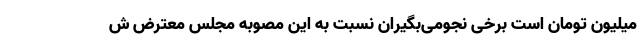
میلیون تومان است برخی نجومی‌بگیران نسبت به این مصوبه مجلس معترض ش